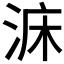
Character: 𣵄